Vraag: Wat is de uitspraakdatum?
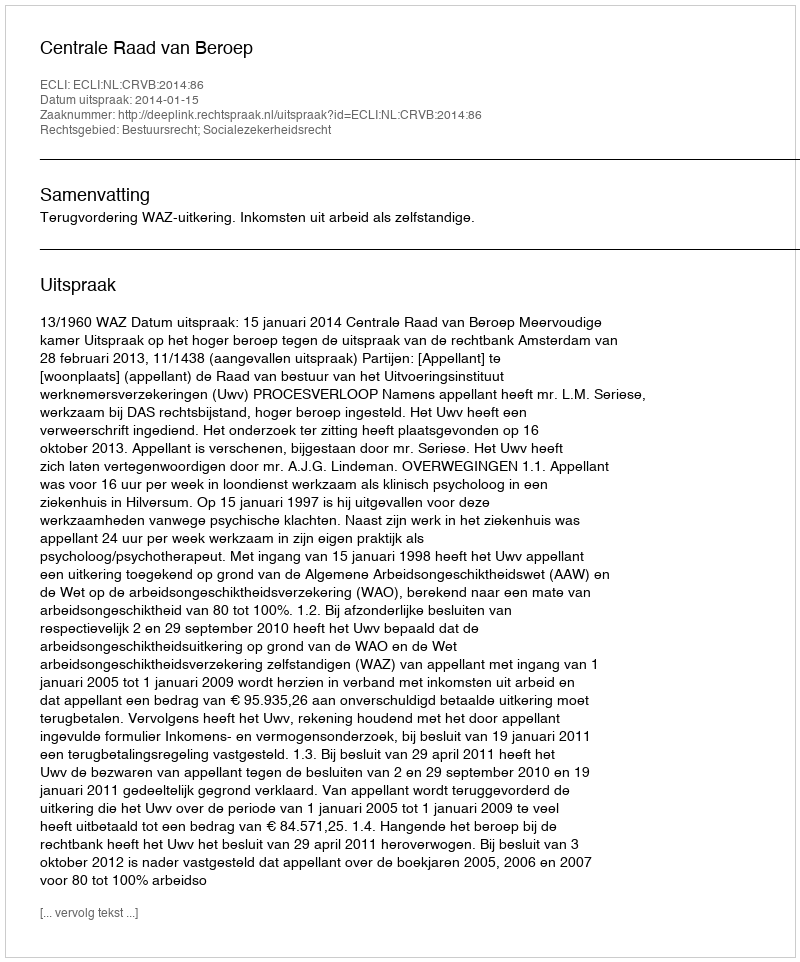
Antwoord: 2014-01-15